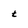
Character: t